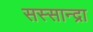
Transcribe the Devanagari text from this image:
सस्सान्द्रा